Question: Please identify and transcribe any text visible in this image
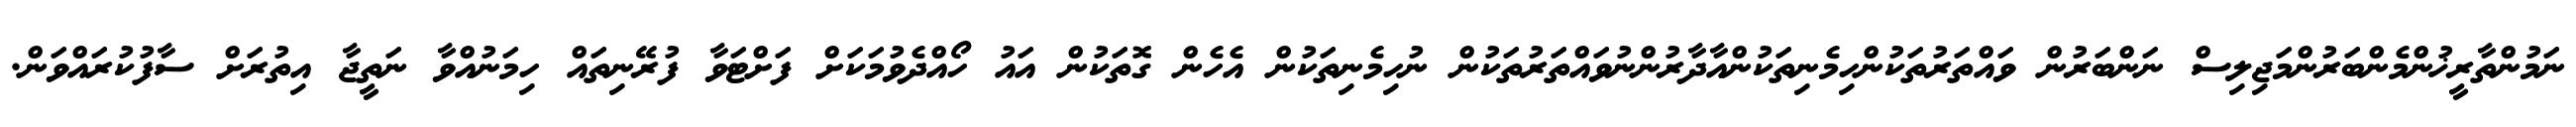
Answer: ނަމުންތާރީޚުންމެންބަރުންމަޖިލިސް ނަންބަރުން ވައްތަރުތަކުންހިމެނިތަކުންއާދާރުންނުވައްތަރުތަކުން ނުހިމެނިތަކުން އެހެން ގޮތަކުން އައު ހޯއްދެވުމަކަށް ފަށްޓަވާ ފުރޭނިތައް ހިމަނުއްވާ ނަތީޖާ އިތުރަށް ސާފުކުރައްވަން.